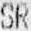
SR